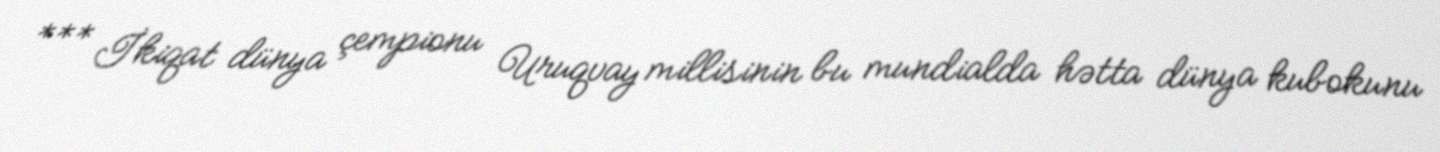
*** İkiqat dünya çempionu Uruqvay millisinin bu mundialda hətta dünya kubokunu